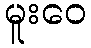
မူးဝေ